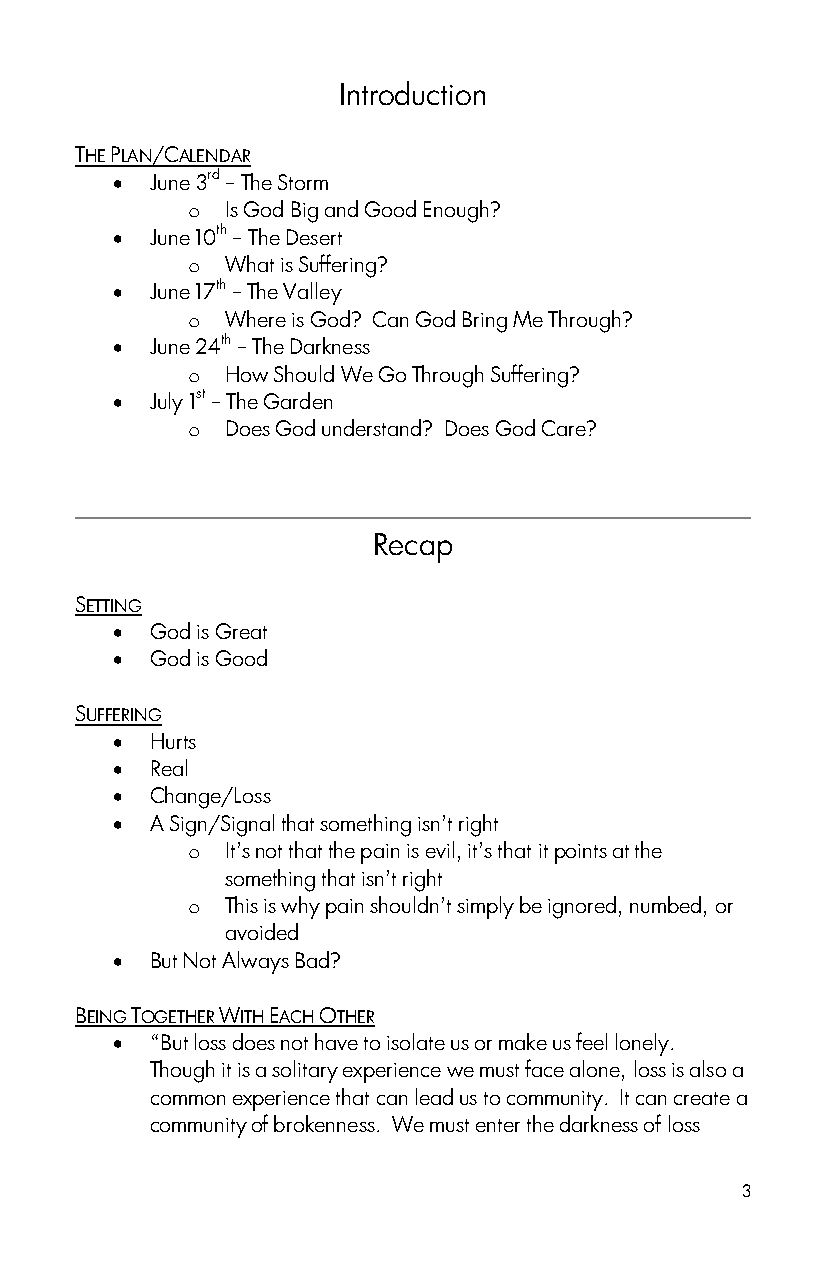
Introduction
 THE PLAN/CALENDAR
   June 3rd – The Storm
 o  Is God Big and Good Enough?
   June 10th – The Desert
 o  What is Suffering?
   June 17th – The Valley
 o  Where is God? Can God Bring Me Through?
   June 24th – The Darkness
 o  How Should We Go Through Suffering?
   July 1st – The Garden
 o  Does God understand? Does God Care?
 Recap
 SETTING
   God is Great
   God is Good
 SUFFERING
   Hurts
   Real
   Change/Loss
   A Sign/Signal that something isn‟t right
 o  It‟s not that the pain is evil, it‟s that it points at the
 something that isn‟t right
 o  This is why pain shouldn‟t simply be ignored, numbed, or
 avoided
   But Not Always Bad?
 BEING TOGETHER WITH EACH OTHER
   “But loss does not have to isolate us or make us feel lonely.
 Though it is a solitary experience we must face alone, loss is also a
 common experience that can lead us to community. It can create a
 community of brokenness. We must enter the darkness of loss
 3